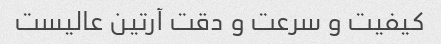
کیفیت و سرعت و دقت آرتین عالیست